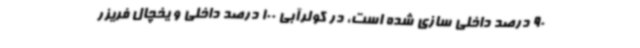
90 درصد داخلی سازی شده است، در کولرآبی 100 درصد داخلی و یخچال فریزر